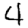
Digit: 4